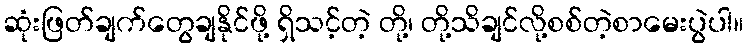
ဆုံးဖြတ်ချက်တွေချနိုင်ဖို့ ရှိသင့်တဲ့ တို့၊ တို့သိချင်လို့စစ်တဲ့စာမေးပွဲပါ။